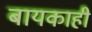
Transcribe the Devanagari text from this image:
बायकाही